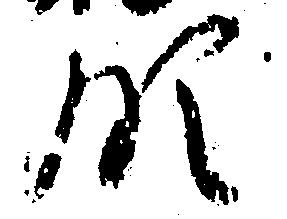
領